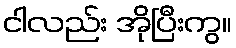
ငါလည်း အိုပြီးကွ။